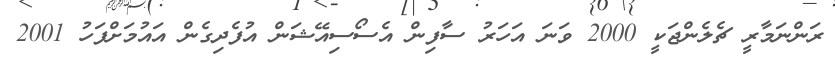
ރަންނަމާރީ ޗެލެންޖަކީ 2000 ވަނަ އަހަރު ސާފިން އެސޯސިއޭޝަން އުފެދިގެން އައުމަށްފަހު 2001